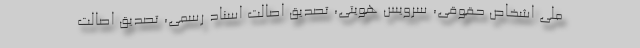
ملی اشخاص حقوقی، سرویس هویتی، تصدیق اصالت اسناد رسمی، تصدیق اصالت